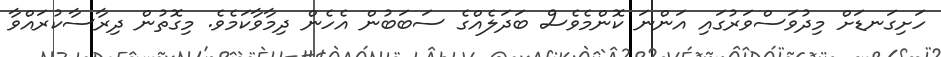
ހަށިގަނޑަށް މިދުވަސްވަރުގައި އަންނަ ކޮންމެވެސް ބަދަލެއްގެ ސަބަބުން އެހެން ދިމާވާކަމެވެ. މިގޮތުން ދިރާސާކުރައްވާ